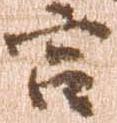
宮